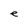
Character: e